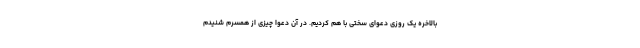
بالاخره یک روزی دعوای سختی با هم کردیم. در آن دعوا چیزی از همسرم شنیدم